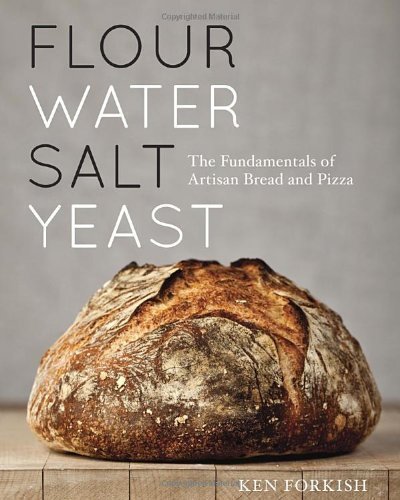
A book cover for Flour Water Salt Yeast: The Fundamentals of Artisan Bread and Pizza by Forkish, Ken 1st (first) Edition (2012); Cookbooks, Food & Wine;